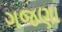
ગજણા